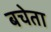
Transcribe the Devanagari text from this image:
बचेता